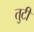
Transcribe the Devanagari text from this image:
तुटी